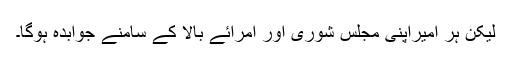
لیکن ہر امیراپنی مجلس شوریٰ اور امرائے بالا کے سامنے جوابدہ ہوگا۔